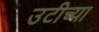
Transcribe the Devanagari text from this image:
उटीच्या